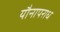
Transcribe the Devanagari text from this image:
यौनापराध